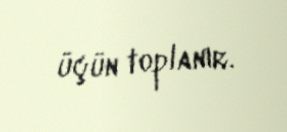
üçün toplanır.